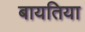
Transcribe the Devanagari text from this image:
बायतिया